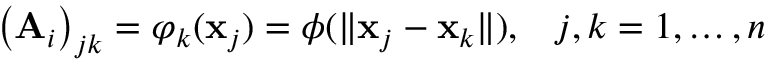
\left( \mathbf { A } _ { i } \right) _ { j k } = \varphi _ { k } ( \mathbf { x } _ { j } ) = \phi ( \| \mathbf { x } _ { j } - \mathbf { x } _ { k } \| ) , \; \; \; j , k = 1 , \dots , n